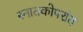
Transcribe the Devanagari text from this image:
स्नातकोपरांत